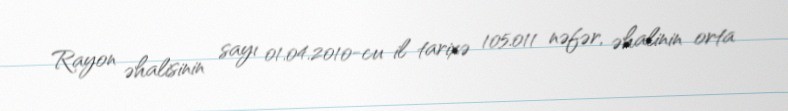
Rayon əhalisinin sayı 01.04.2010-cu il tarixə 105.011 nəfər, əhalinin orta